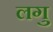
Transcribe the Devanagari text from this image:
लगु